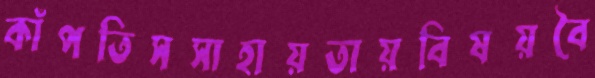
কাঁপতিসসাহায়তায়বিষয়বৈ